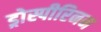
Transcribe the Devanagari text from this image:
ड्रोस्पीरिनन